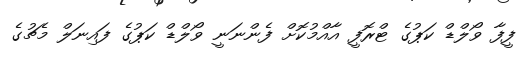
ފީފާ ވޯލްޑް ކަޕުގެ ޓްރޮފީ އާއްމުކޮށް ފެންނަނީ ވޯލްޑް ކަޕުގެ ފައިނަލް މެޗުގެ